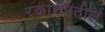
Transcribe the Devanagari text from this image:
रकान्यातील